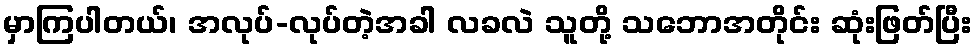
မှာကြပါတယ်၊ အလုပ်-လုပ်တဲ့အခါ လခလဲ သူတို့ သဘောအတိုင်း ဆုံးဖြတ်ပြီး